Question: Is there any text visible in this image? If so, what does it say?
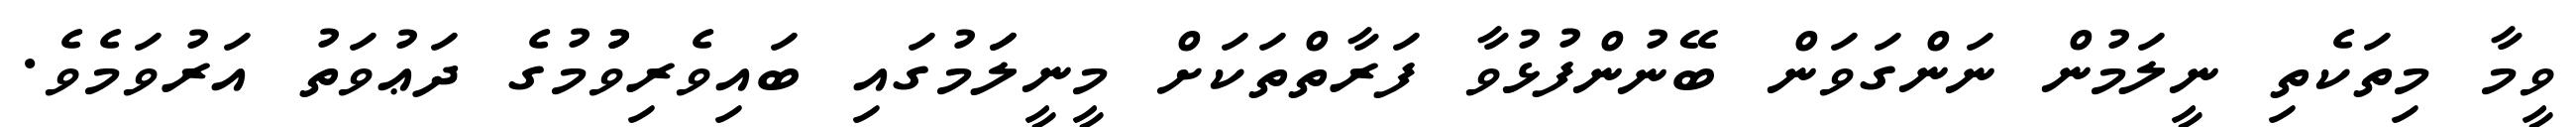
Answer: ވީމާ މިތަކެތި ނީލަމުން ނަންގަވަން ބޭނުންފުޅުވާ ފަރާތްތަކަށް މީނީލަަމުގައި ބައިވެރިވުުމުގެ ދަޢުވަތު އަރުވަމެވެ.